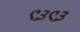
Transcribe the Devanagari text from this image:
९३९३